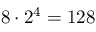
8 \cdot 2 ^ { 4 } = 1 2 8